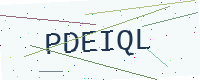
Text: PDEIQL